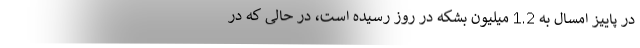
در پاییز امسال به 1.2 میلیون بشكه در روز رسیده است، در حالی كه در